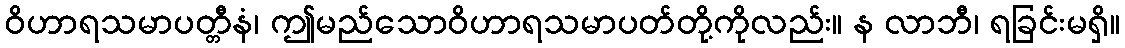
ဝိဟာရသမာပတ္တီနံ၊ ဤမည်သောဝိဟာရသမာပတ်တို့ကိုလည်း။ န လာဘီ၊ ရခြင်းမရှိ။